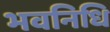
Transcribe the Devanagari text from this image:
भवनिधि